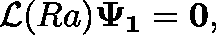
\mathcal { L } ( R a ) \mathbf { \Psi _ { 1 } } = \mathbf { 0 } ,